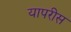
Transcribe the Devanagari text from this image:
यापरीस